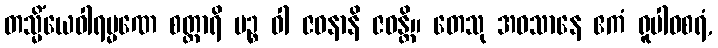
တသ္မိံယေဝါရမ္မဏေ စတ္တာရိ ပဉ္စ ဝါ ဇဝနာနိ ဇဝန္တိ။ တေသု အဝသာနေ ဧကံ ရူပါဝစရံ,